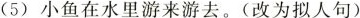
(5) 小鱼在水里游来游去。(改为拟人句)